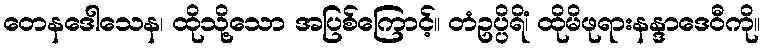
တေနဒေါသေန၊ ထိုသို့သော အပြစ်ကြောင့်။ တံဥပ္ပိရိံ၊ ထိုမိဖုရားနန္ဒာဒေဝီကို။